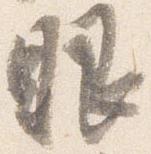
眼